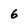
Character: 6